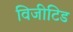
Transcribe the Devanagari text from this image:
विजीटिड